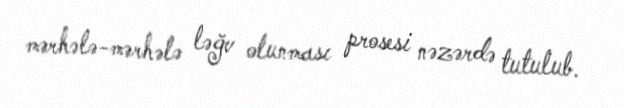
mərhələ-mərhələ ləğv olunması prosesi nəzərdə tutulub.